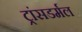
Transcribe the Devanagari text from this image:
ट्रांसडर्मल